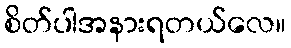
စိတ်ပါအနားရတယ်လေ။